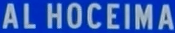
ALHOCEIMA